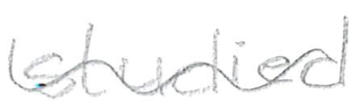
Text: studied
Cross-out: wave
Writing tool: pencil